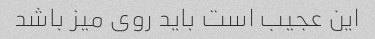
این عجیب است باید روی میز باشد